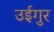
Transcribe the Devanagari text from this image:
उईगुर